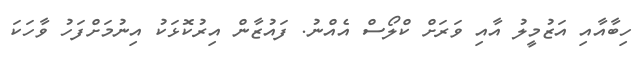
ހިބާއާއި އަޒުމީލު އާއި ވަރަށް ކްލޯސް އެއްނު. ފައުޒާން އިރުކޮޅަކު އިނުމަށްފަހު ވާހަކަ